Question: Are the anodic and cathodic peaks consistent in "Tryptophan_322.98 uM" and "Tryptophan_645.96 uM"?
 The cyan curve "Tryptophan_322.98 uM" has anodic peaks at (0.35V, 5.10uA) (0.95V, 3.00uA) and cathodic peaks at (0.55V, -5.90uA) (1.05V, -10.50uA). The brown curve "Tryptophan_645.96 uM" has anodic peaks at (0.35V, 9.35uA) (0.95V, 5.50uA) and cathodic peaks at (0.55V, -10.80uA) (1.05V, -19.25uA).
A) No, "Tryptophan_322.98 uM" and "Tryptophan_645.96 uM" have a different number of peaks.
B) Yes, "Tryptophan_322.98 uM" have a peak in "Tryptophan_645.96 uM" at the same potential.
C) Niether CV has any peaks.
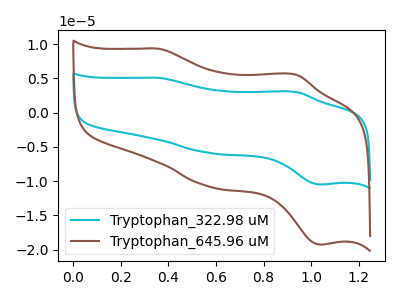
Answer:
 <answer>B) Yes, "Tryptophan_322.98 uM" have a peak in "Tryptophan_645.96 uM" at the same potential.</answer>
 <eval>B</eval>